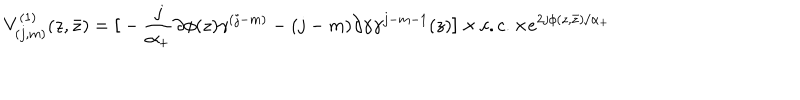
V _ { ( j , m ) } ^ { ( 1 ) } ( z , \bar { z } ) = { \large [ } - \frac { j } { \alpha _ { + } } \partial \phi ( z ) \gamma ^ { ( j - m ) } - ( j - m ) \partial \gamma \gamma ^ { j - m - 1 } ( z ) { \large ] } \times c . c . \times e ^ { 2 j \phi ( z , \bar { z } ) / \alpha _ { + } }